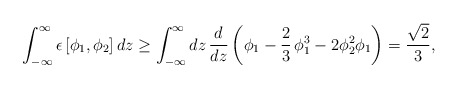
\begin{align*}\int_{-\infty}^{\infty} \epsilon\left[\phi_1, \phi_2\right] dz \geq\int_{-\infty}^{\infty} dz \,\frac{d}{dz} \left({\phi_1}-\frac{2}{3}\,\phi_1^3 -2 \phi_2^2 \phi_1 \right) = \frac{\sqrt 2}{3},\end{align*}